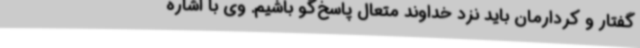
گفتار و کردارمان باید نزد خداوند متعال پاسخ‌گو باشیم. وی با اشاره